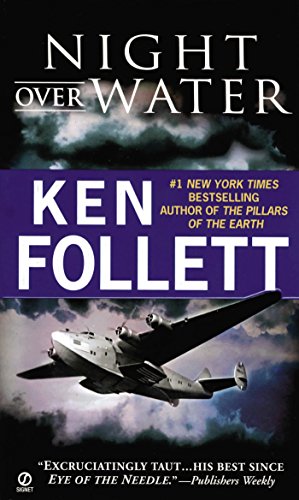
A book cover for Night Over Water; Ken Follett; Mystery, Thriller & Suspense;